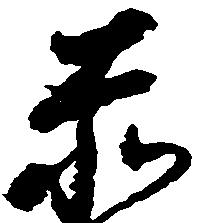
赤